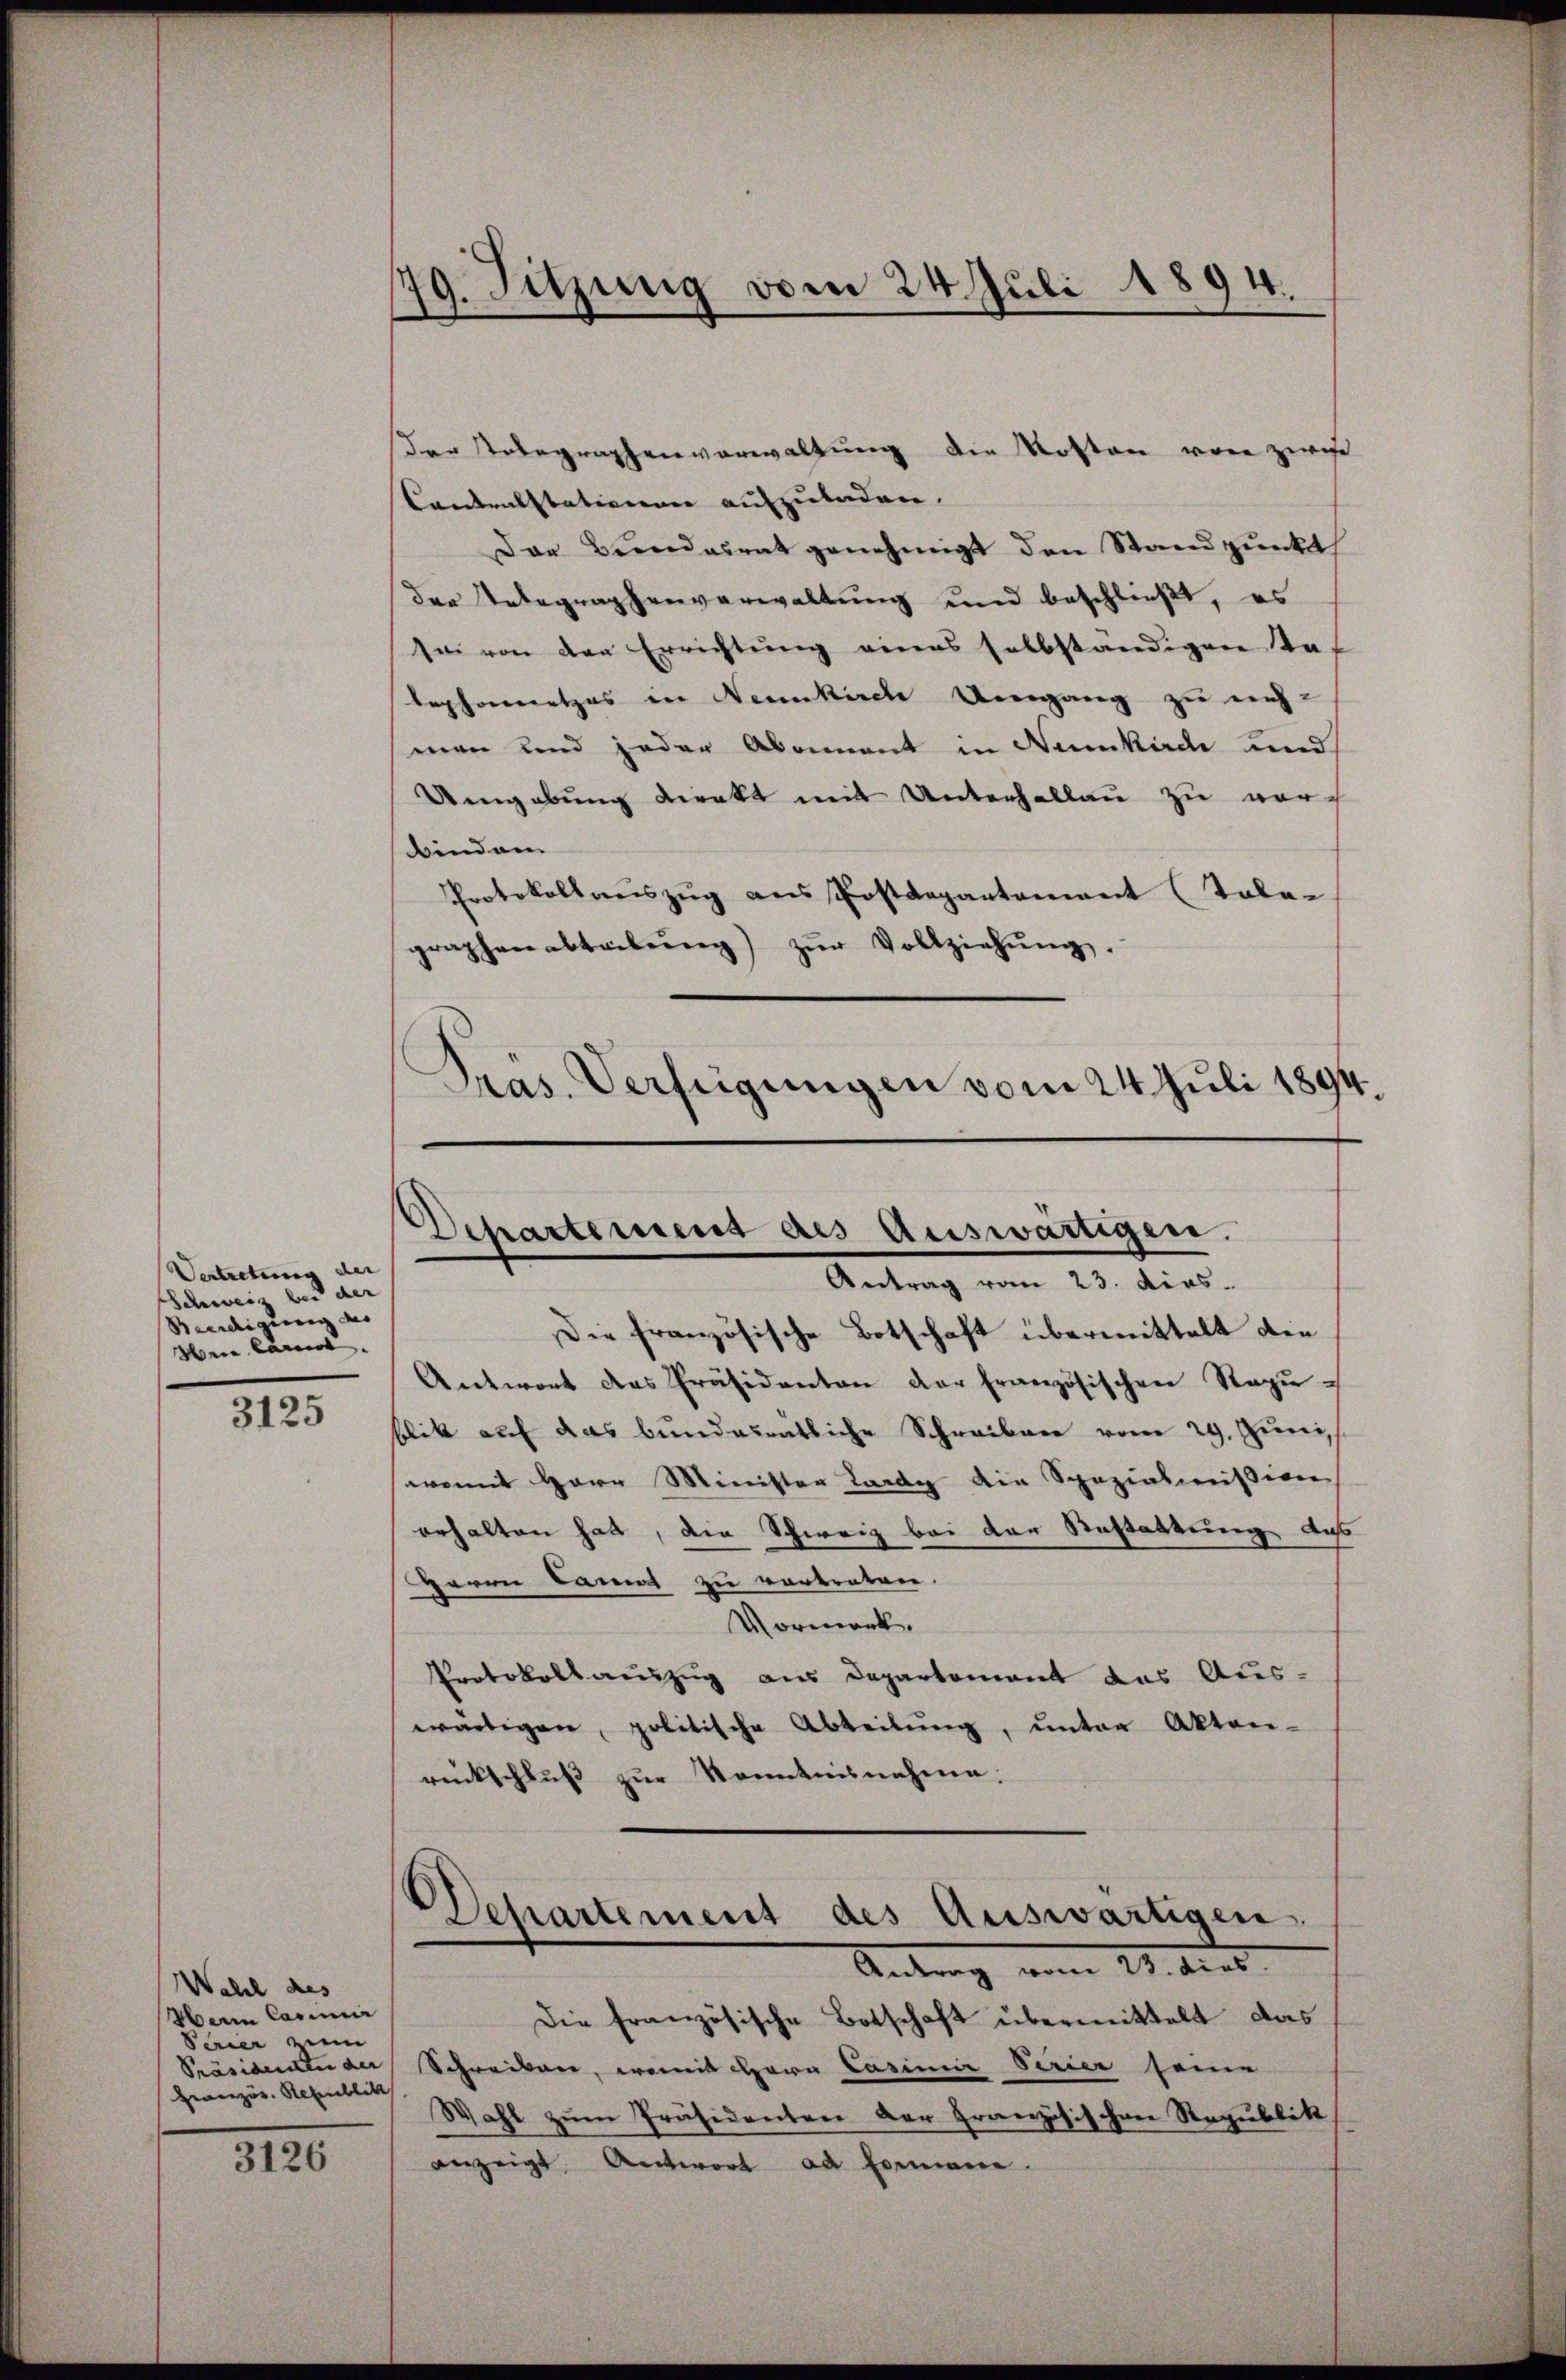
Vertretung der
Schweiz bei der
Beeidigung des
Herr Carol
3125

Wahl des
Wein Casimir
Serier zum
Heranzös. Republik

3126

79. Sitzung vom 24. Juli 1894.

der Telegraphenverwaltung die Kosten von zwis
Contralstationen aufzuladen.
Das Bundesrat genehmigt den Standpunkt
der Unbegraphenverwaltung und beschließt, es
sei von der Errichtung eines selbständigen Kaf
lephonnetzes in Neunkirch Umgang zu neh-
man und jeder Abonnant in Neunkirche und
Umgebung direkt mit Unterhallau zu vorbindem
Protokollaŭszŭg ans Postdepartament (Tola-
graphenabteilŭng zŭr Vollziehŭng.
Präs. Verfügungen vom 24. Juli 1894.

Schartemens des Auswärtigen.

Antrag vom 23. dies
Die französische Botschaft übermittelt die
Antwort das Präsidenten der französischen Stagu
blik auf das bundesratliche Schreiben vom 29. Juni
womit Herr Minister Lardy die Spezialmission
erhalten hat, die Schweiz bei der Restattung des
HHerrn kannt zu vertreten.
Vormerk.
Protokollauszug aus Departement das Aus-
wärtigen, politische Abteilŭng ŭnter Akten-
rückschlŭβ zŭr Kenntnisnahme.
Dchartement des Auswärtigen.
Antrag vom 22. dies
Die französische Botschaft übermittelt das
Präsidenen der Schreiben, womit Mara Casimir Serier seine
Wahl zum Präsidenten der Französischen Republik
anzeigt. Antwort ad Formani